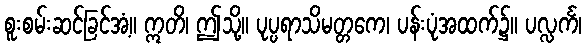
စူးစမ်းဆင်ခြင်အံ့။ ဣတိ၊ ဤသို့။ ပုပ္ပရာသိမတ္တကေ၊ ပန်းပုံအထက်၌။ ပလ္လင်္က၊